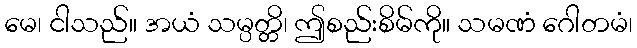
မေ၊ ငါသည်။ အယံ သမ္ပတ္တိ၊ ဤစည်းစိမ်ကို။ သမဏံ ဂေါတမံ၊